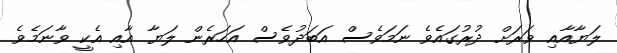
ލަޔާއާއި ވަރަށް ދުރުގައެވެ ނަމަވެސް އަބަދުވެސް އަހަރެން ލަޔާ އާއި އެކީ ވާނަމެވެ